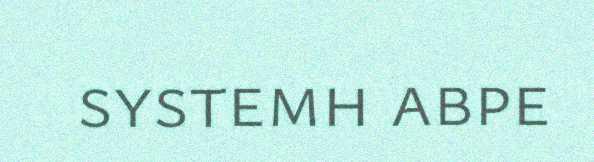
systemh abpe